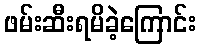
ဖမ်းဆီးရမိခဲ့ကြောင်း